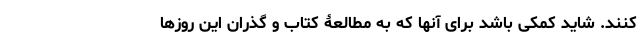
کنند. شاید کمکی باشد برای آنها که به مطالعۀ کتاب و گذران این روزها